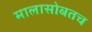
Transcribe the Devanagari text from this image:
मालासोबतच